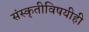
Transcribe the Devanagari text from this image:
संस्कृतीविषयीही